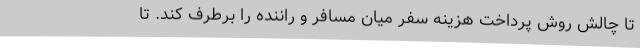
تا چالش روش پرداخت هزینه سفر میان مسافر و راننده را برطرف کند. تا